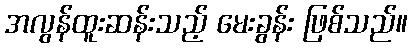
အလွန်ထူးဆန်းသည့် မေးခွန်း ဖြစ်သည်။